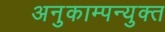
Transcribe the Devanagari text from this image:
अनुकाम्पन्युक्त